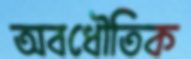
অবধৌতিক